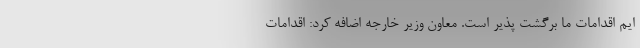
ایم اقدامات ما برگشت پذیر است. معاون وزیر خارجه اضافه کرد: اقدامات